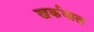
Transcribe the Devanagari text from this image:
खर्कवाल